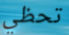
تحظي